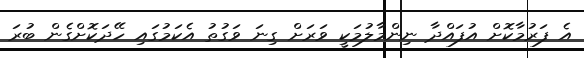
އެ ފަރުމާކޮށް އުފައްދާ ނިންމާލުމަކީ ވަރަށް ގިނަ ވަގުތު އެކަމުގައި ހޭދަކޮށްގެން ބުރަ